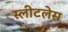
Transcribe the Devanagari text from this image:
स्लीटलेस